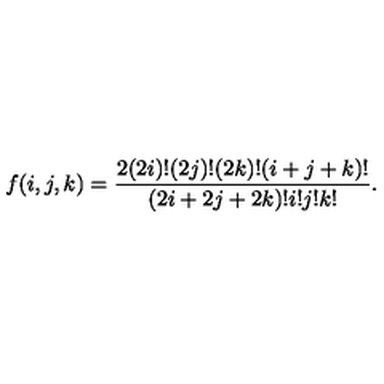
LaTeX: f ( i , j , k ) = \frac { 2 ( 2 i ) ! ( 2 j ) ! ( 2 k ) ! ( i + j + k ) ! } { ( 2 i + 2 j + 2 k ) ! i ! j ! k ! } .